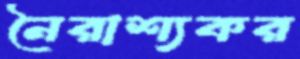
নৈরাশ্যকর